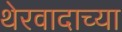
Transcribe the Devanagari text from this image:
थेरवादाच्या